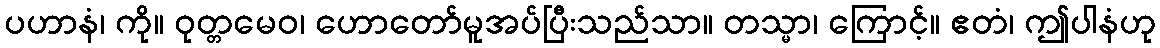
ပဟာနံ၊ ကို။ ဝုတ္တမေဝ၊ ဟောတော်မူအပ်ပြီးသည်သာ။ တသ္မာ၊ ကြောင့်။ ဧတံ၊ ဤပါနံဟု